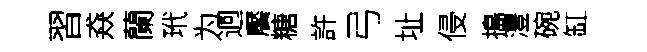
習猋蘭玳为迥饜糖許弓址侵搗灃碗缸